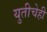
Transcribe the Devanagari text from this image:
युतीचेही